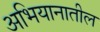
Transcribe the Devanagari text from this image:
अभियानातील